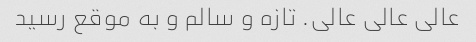
عالی عالی عالی. تازه و سالم و به موقع رسید